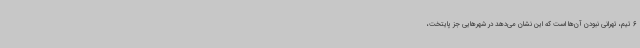
6 تیم، تهرانی نبودن آن‌ها است که این نشان می‌دهد در شهرهایی جز پایتخت،